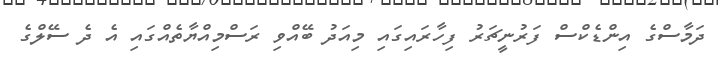
ދަމާސްގެ އިންޑެކްސް ފަރުނީޗަރު ފިހާރައިގައި މިއަދު ބޭއްވި ރަސްމިއްޔާތެއްގައި އެ ދެ ސޭލްގެ